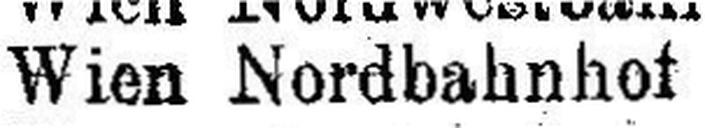
Wien Nordbahnhof